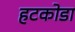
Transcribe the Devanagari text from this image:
हटकोडा